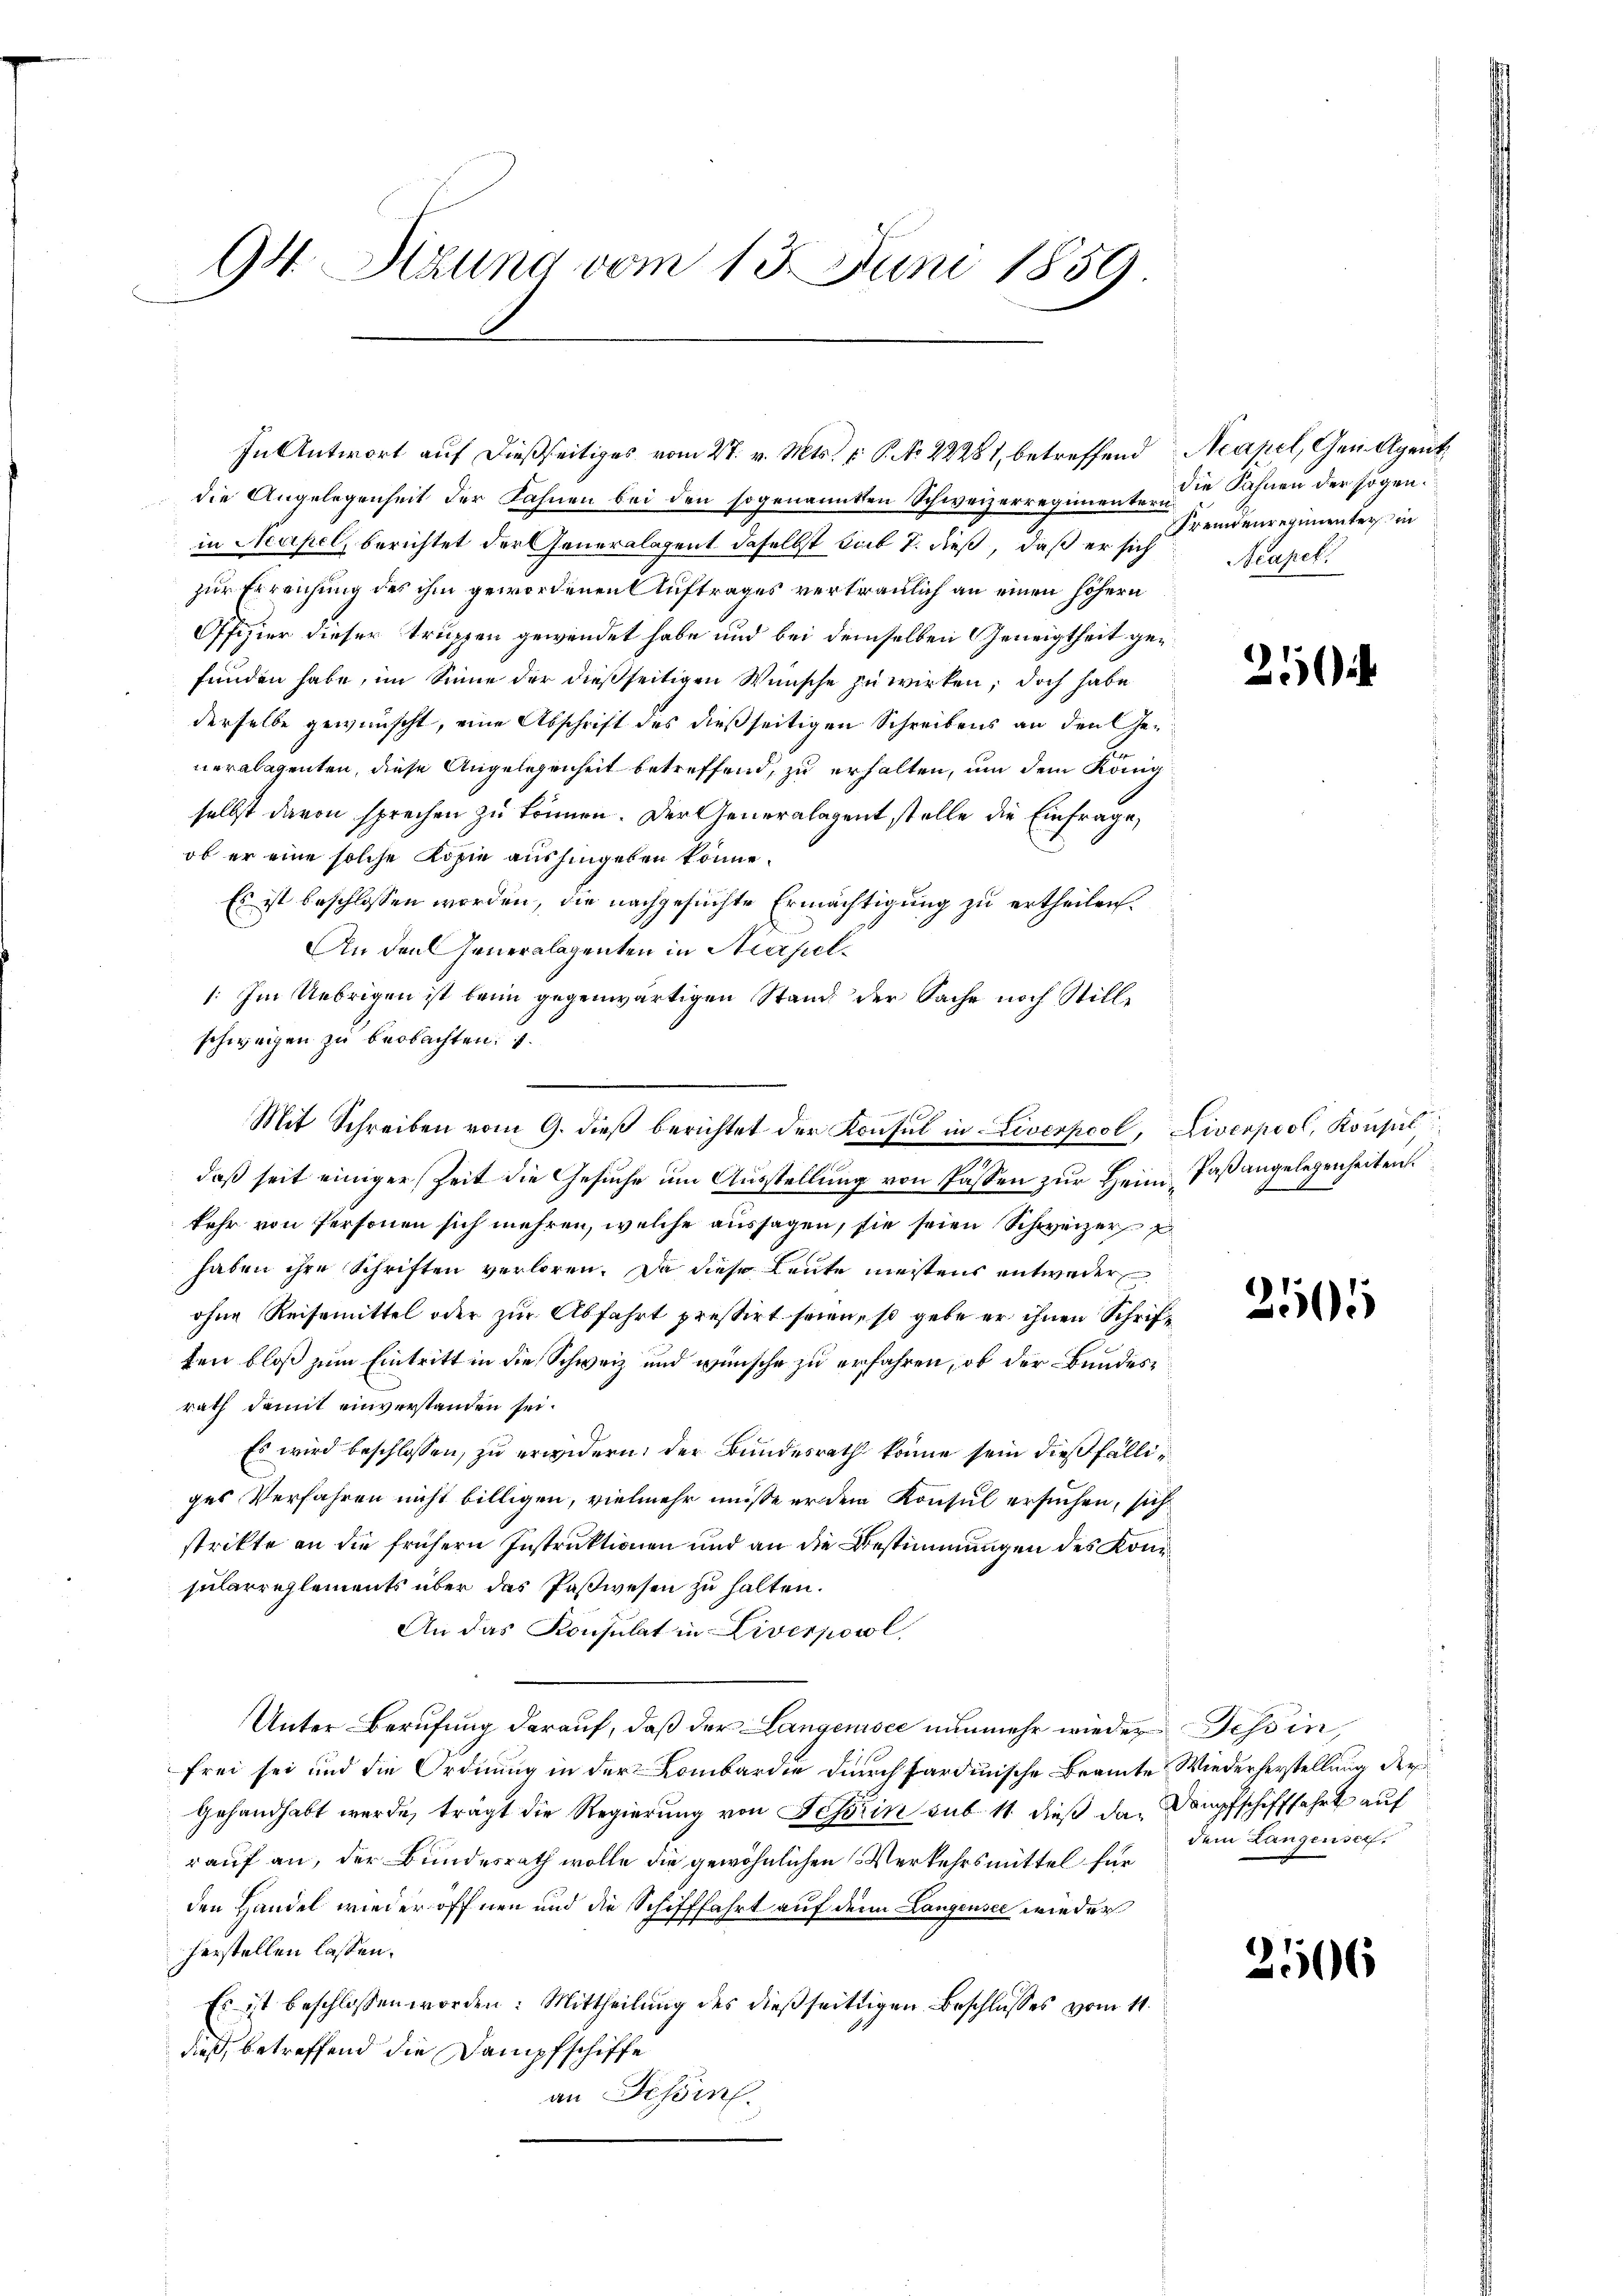
94. Stzung vom 13. Juni 1859.

In Antwort auf dießseitiges vom 27. v. Mts. v. P. No 22281, betreffend
die Angelegenheit der Fahnen bei den sogenannten Schweizerregimenten die Fahnen der sogen.
in Neapel, berichtet der Generalagent, daselbst sub 7. dieß, daß er sich
zur Erreichung des ihm gewordenen Auftrages vertraulich an einen höhern
Ofizier dieser Truppen gewendet habe und bei demselben Geneigtheit gefunden habe, im Sinne der dießseitigen Wünsche zu wirken; doch habe
derselbe gewünscht, eine Abschrift des dießseitigen Schreibens an den Ge-
neralagenten, diese Angelegenheit betreffend, zu erhalten, um dem König
selbst davon sprechen zu können. Der Generalagent stelle die Einfrage,
ob er eine solche Kopie aushingeben könne.
Es ist beschlossen worden, die nachgesuchte Ermächtigung zu ertheilen.
An den Generalagenten in Neapel¬
: Im Uebrigen ist beim gegenwärtigen Stand der Sache noch Stillschweigen zu beobachten.
daß seit einiger Zeit die Gesuche um Ausstellung von Passen zur Heim Paßangelegenheiten
kehr von Personen sich mehren, welche aussagen, sie seien Schweizer
haben ihre Schriften verloren. Da diese Leute meistens entweder
ohne Reisemittel oder zur Abfahrt pressirt seien, so gebe er ihnen Schriften bloß zum Eintritt in die Schweiz und wünsche zu erfahren, ob der Bundesrath damit einverstanden sei.
Es wird beschlossen, zu erwidern, der Bundesrath könne sein dießfälliges Verfahren nicht billigen, vielmehr müsse er dem Konsul ersuchen, sich
strikte an die frühern Instruktionen und an die Bestimmungen des Konsularreglements über das Paßwesen zu halten.
An das Konsulat in Liverpool,
Unter Berufung darauf, daß der Langenisce nunmehr wieder Tessin,
frei sei und die Ordnung in der Lombardie durch Sardinische Beamte Wiederherstellung der
Gehandhabt werde, trägt die Regierung von Festrin sub 11. dieß das Dampfschifffahrt auf
rauf an, der Bundesrath wolle die gewöhnlichen Verkehrsmittel für
den Handel wieder öffnen und die Schifffahrt auf den Langensee wieder
herstellen lassen.
Es ist beschlossen worden: Mittheilung des dießseitigen Beschlusses vom 11.
dieß, betreffend die Dampfschiffe
an Schön.

Mit Schreiben vom 9. dieß berichtet der Konsul in Liverpool,

Acapel, Gemagent
Fremdenregimenter in
Acapek

21

Liverpool, Konsul
t

2105

dem Langensch.

2506